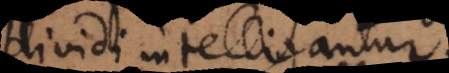
dividi intelligantur.